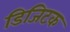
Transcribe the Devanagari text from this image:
डिजिटक